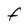
Character: F